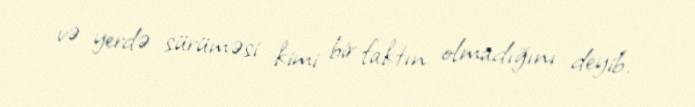
və yerdə sürüməsi kimi bir faktın olmadığını deyib.